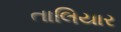
તાલિયાર